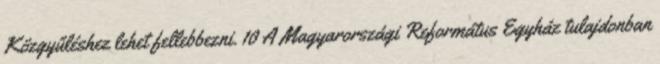
Közgyűléshez lehet fellebbezni. 10 A Magyarországi Református Egyház tulajdonban